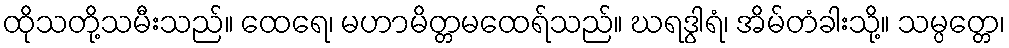
ထိုသတို့သမီးသည်။ ထေရေ၊ မဟာမိတ္တမထေရ်သည်။ ဃရဒွါရံ၊ အိမ်တံခါးသို့။ သမ္ပတ္တေ၊